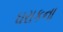
ઘરાકના